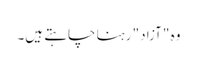
وہ "آزاد" رہنا چاہتے ہیں۔